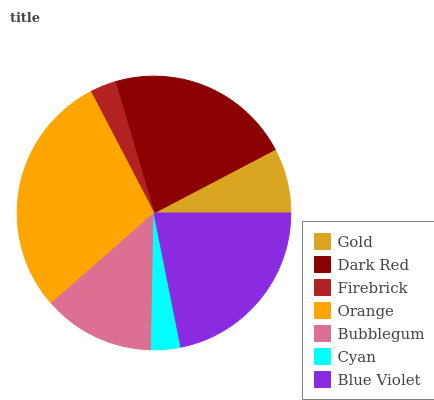
| Gold | Dark Red | Firebrick | Orange | Bubblegum | Cyan | Blue Violet |
 | --- | --- | --- | --- | --- | --- | --- |
 | 7.67% | 22% | 3.09% | 28.8% | 13.2% | 3.44% | 21.8% |